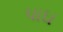
પાઘ